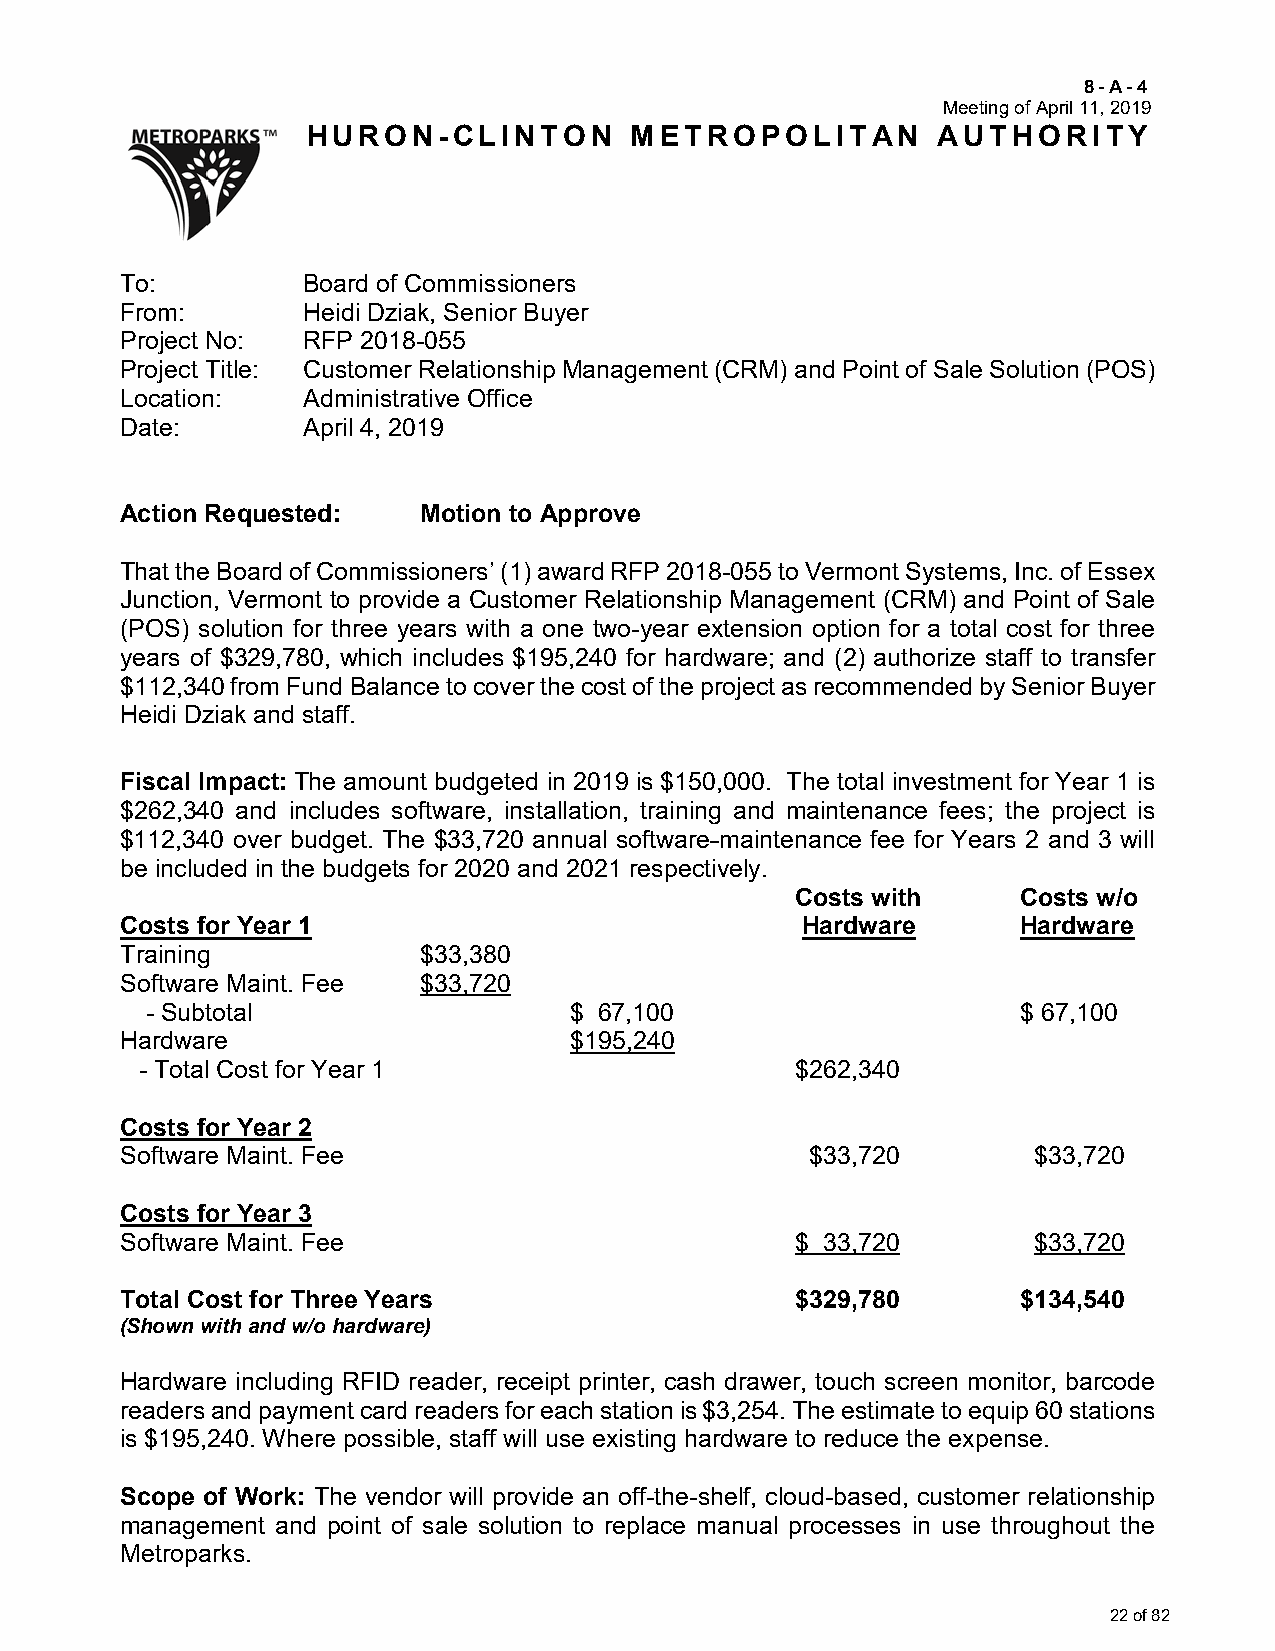
8-A-4
 Meeting of April 11, 2019
 HURON-CLINTON         METROPOLITAN        AUTHORITY
 To:         Board of Commissioners
 From:       Heidi Dziak, Senior Buyer
 Project No: RFP 2018-055
 Project Title: Customer Relationship Management (CRM) and Point of Sale Solution (POS)
 Location:   Administrative Office
 Date:       April 4, 2019
 Action Requested:   Motion to Approve
 That the Board of Commissioners’ (1) award RFP 2018-055 to Vermont Systems, Inc. of Essex
 Junction, Vermont to provide a Customer Relationship Management (CRM) and Point of Sale
 (POS) solution for three years with a one two-year extension option for a total cost for three
 years of $329,780, which includes $195,240 for hardware; and (2) authorize staff to transfer
 $112,340 from Fund Balance to cover the cost of the project as recommended by Senior Buyer
 Heidi Dziak and staff.
 Fiscal Impact: The amount budgeted in 2019 is $150,000. The total investment for Year 1 is
 $262,340 and includes software, installation, training and maintenance fees; the project is
 $112,340 over budget. The $33,720 annual software maintenance fee for Years 2 and 3 will
 be included in the budgets for 2020 and 2021 respectively.
 Costs with     Costs w/o
 Costs for Year 1                             Hardware       Hardware
 Training            $33,380
 Software Maint. Fee $33,720
 - Subtotal                  $ 67,100                      $ 67,100
 Hardware                      $195,240
 - Total Cost for Year 1                     $262,340
 Costs for Year 2
 Software Maint. Fee                           $33,720       $33,720
 Costs for Year 3
 Software Maint. Fee                          $ 33,720       $33,720
 Total Cost for Three Years                   $329,780       $134,540
 (Shown with and w/o hardware)
 Hardware including RFID reader, receipt printer, cash drawer, touch screen monitor, barcode
 readers and payment card readers for each station is $3,254. The estimate to equip 60 stations
 is $195,240. Where possible, staff will use existing hardware to reduce the expense.
 Scope of Work: The vendor will provide an off-the-shelf, cloud-based, customer relationship
 management and point of sale solution to replace manual processes in use throughout the
 Metroparks.
 22 of 82